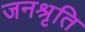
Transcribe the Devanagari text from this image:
जनश्रृति